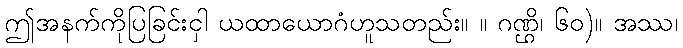
ဤအနက်ကိုပြခြင်းငှါ ယထာယောဂံဟူသတည်း။ ။ ဂဏ္ဌိ၊ ၆၀)။ အဿ၊